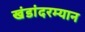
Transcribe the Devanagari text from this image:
खंडांदरम्यान